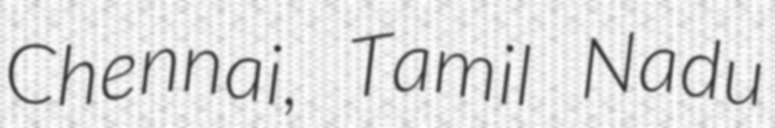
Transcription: Chennai, Tamil Nadu